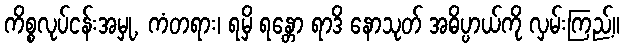
ကိစ္စလုပ်ငန်းအမှု, ကံတရား၊ ရမှိ ရန္တော ရာဒိ နောသုတ် အဓိပ္ပာယ်ကို လှမ်းကြည့်။